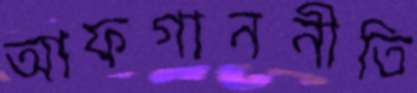
আফগাননীতি